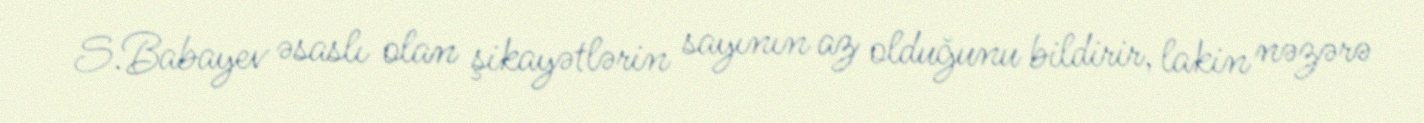
S.Babayev əsaslı olan şikayətlərin sayının az olduğunu bildirir, lakin nəzərə